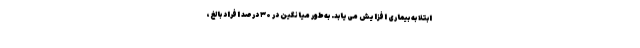
ابتلا به بیماری افزایش می‌یابد. به‌طور میانگین در ۳۰ درصد افراد بالغ،